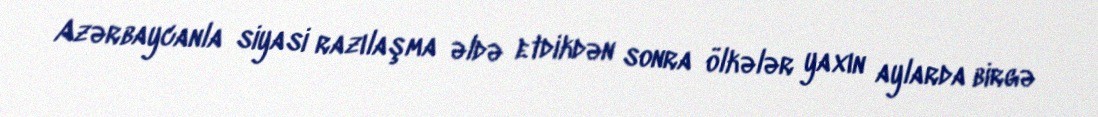
Azərbaycanla siyasi razılaşma əldə etdikdən sonra ölkələr yaxın aylarda birgə